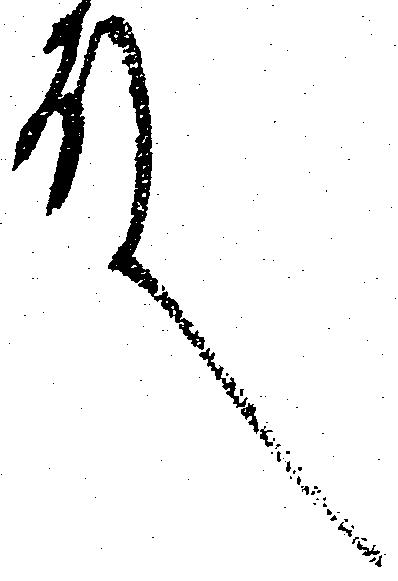
殿